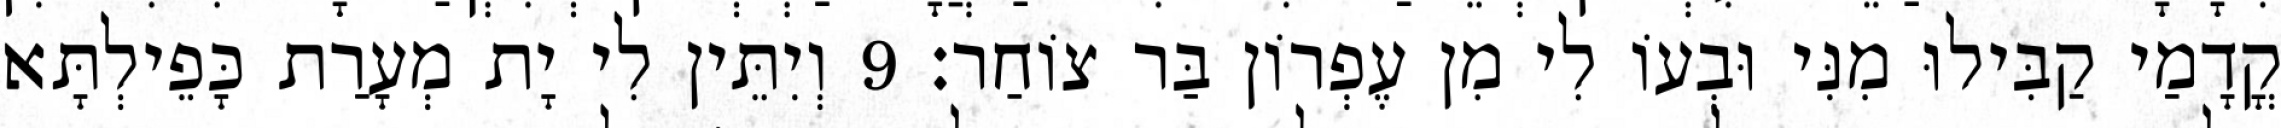
קֳדָמַי קַבִּילוּ מִנִּי וּבְעוֹ לִי מִן עֶפְרוֹן בַּר צוֹחַר׃ 9 וְיִתֵּין לִי יָת מְעָרַת כָּפֵילְתָּא